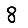
Digit: 8